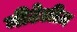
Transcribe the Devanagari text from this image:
नीटेलीज़